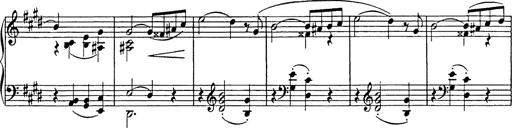
Title: Consolations
Composer: Franz Liszt